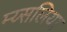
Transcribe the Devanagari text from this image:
म्य्सलिया